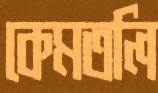
কেমতলি